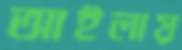
আইলায়